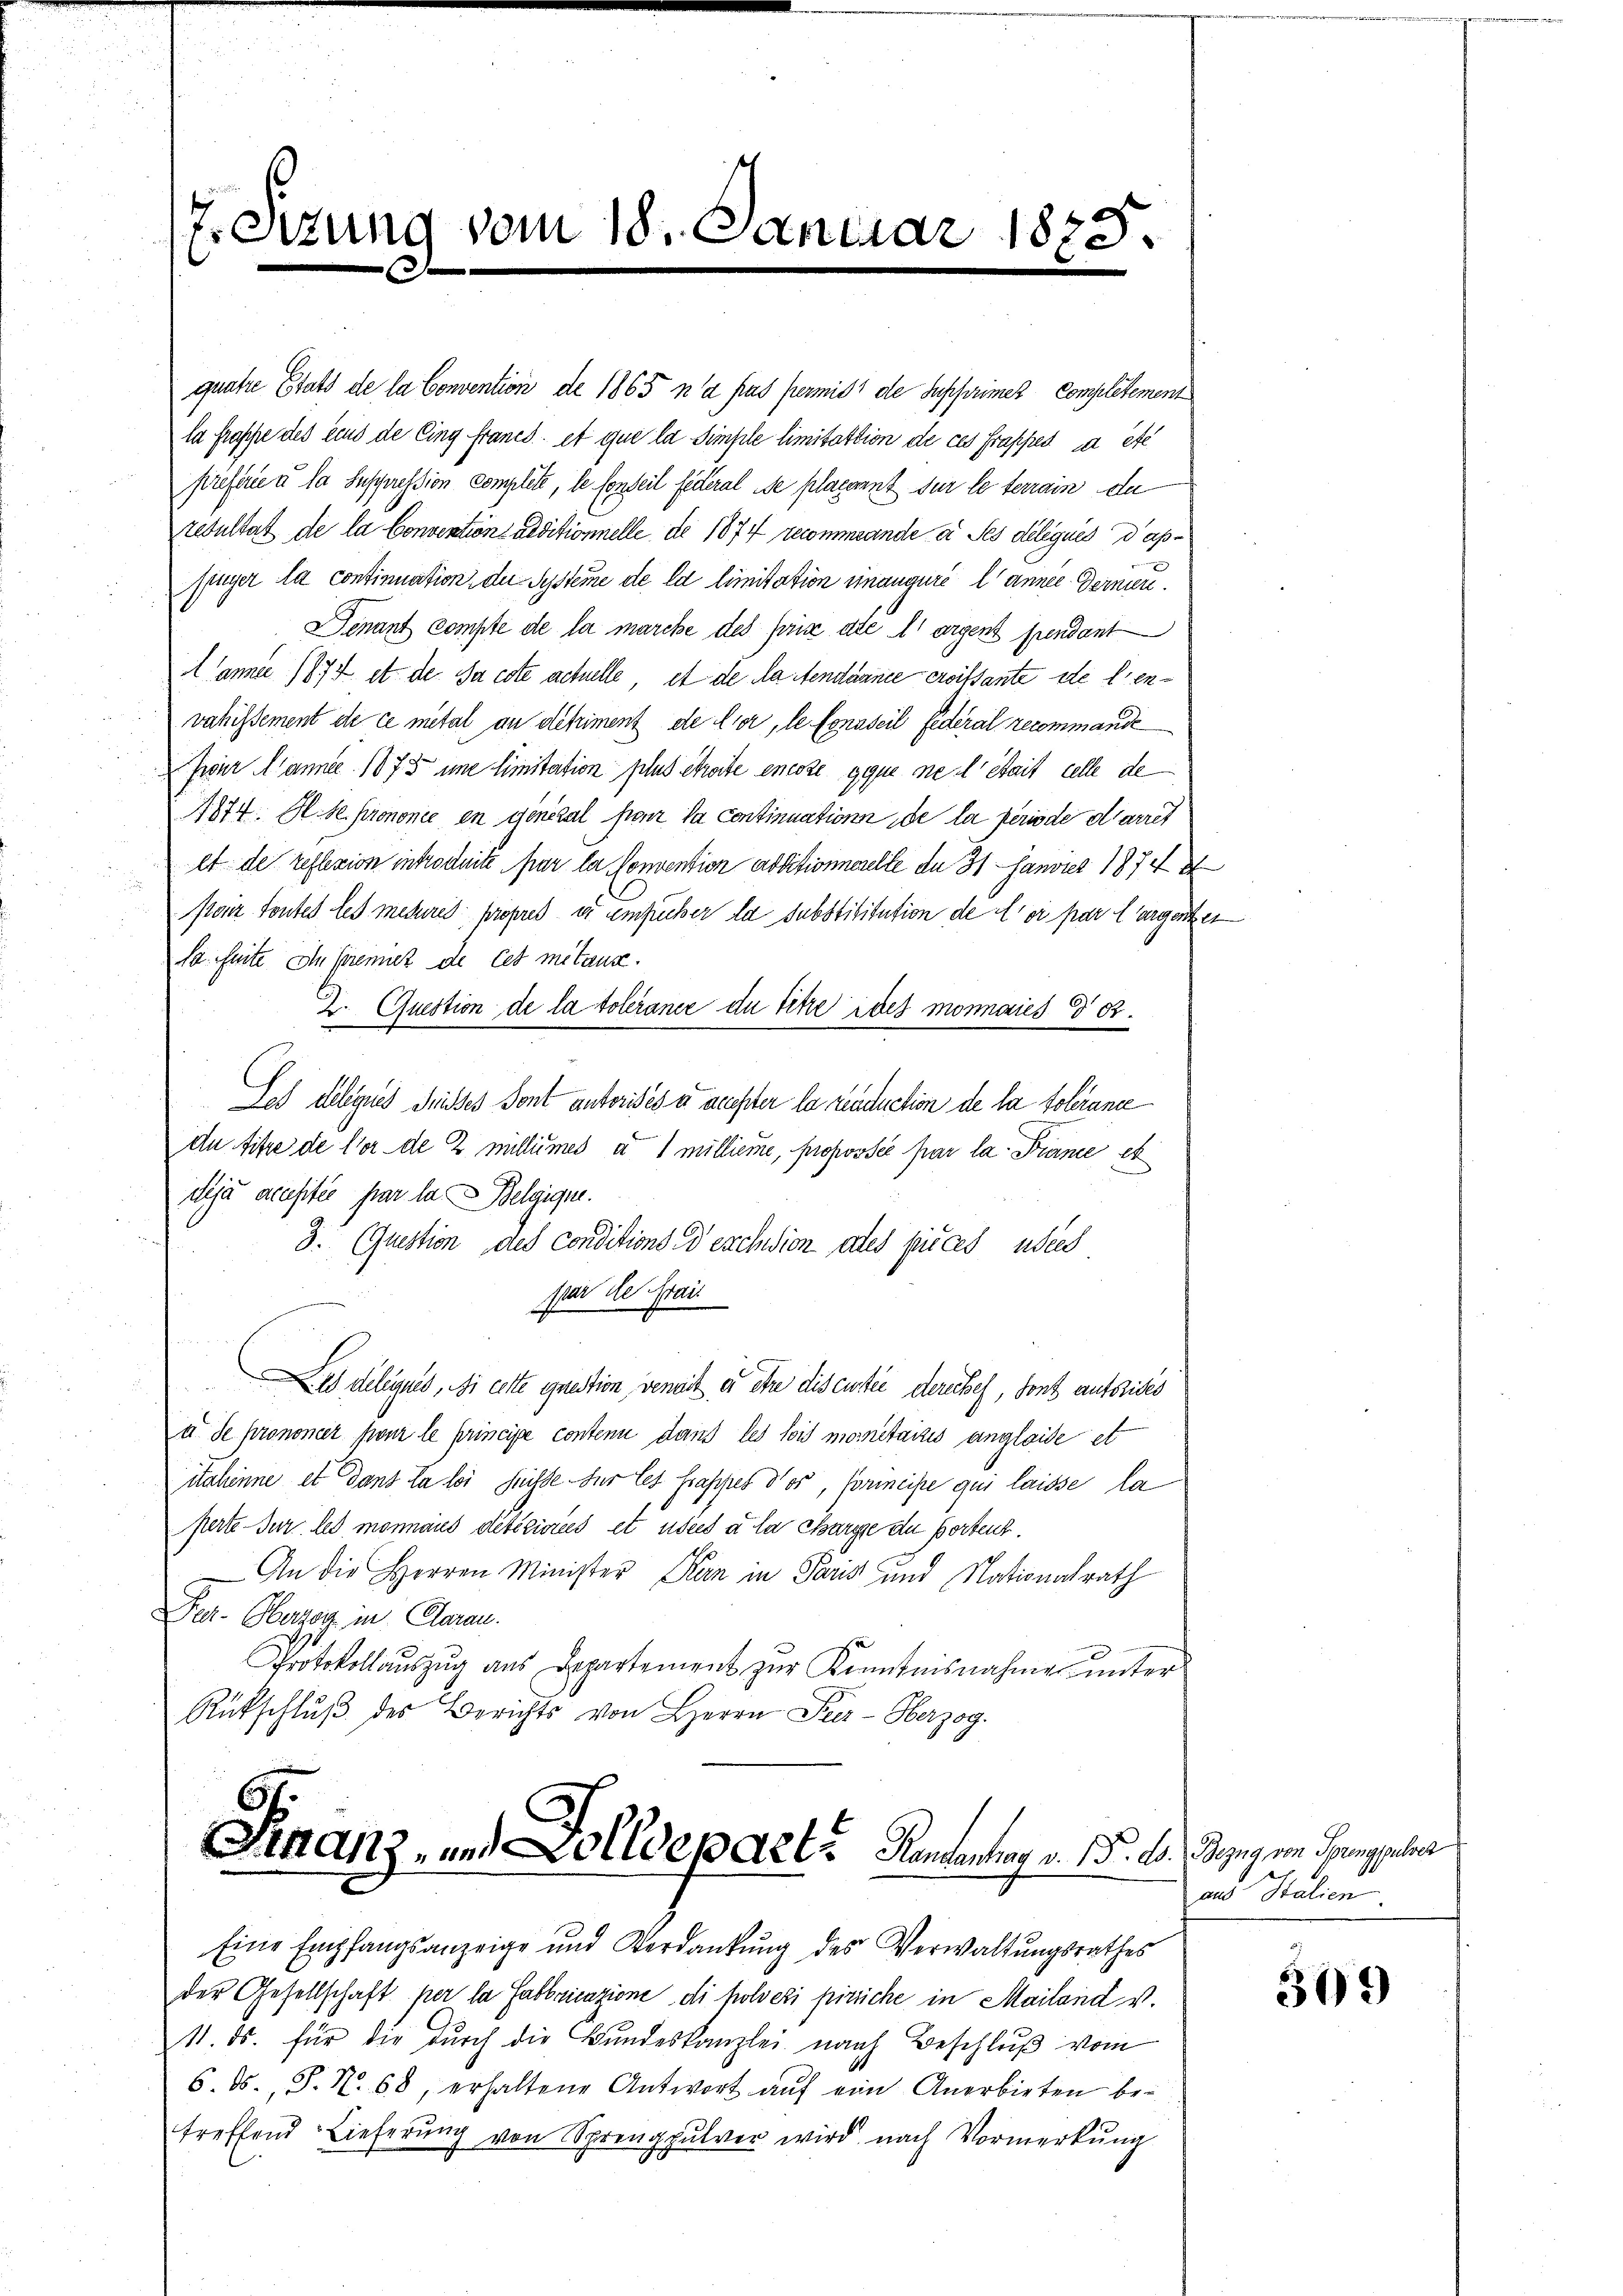
7. Sizung vom 18. Januar

quatre Etats de la Convention de 1865 n’a pas permit de supprimes Complétement
la Graffe des eius de Cing francs et que la Simple limitation de ces frappes, da etc
preferie a la Insperession complété, le fenseil federal de placerent sur le terrain de
resultat de la Convention reditionnelle de 1874 zecommande a Ses délégués d’apfinger la continuation der Systeme de la limitation einauguré l' annee dernier.
Denant compte de la marcke des für die A argent prendant
Canni 1874 et der Jacote actuelle, et de Na Aendamnée croissante stellenvahissement de ce mital an detriment de lier, le Conseil Federal recommande
Zwar Manner 1873 une limitation plus Streite encore gene ne détait celle de
1874. M. de prononce en general four la continuation de la periode d’arret
et de reflexion introduite par la Convention absitionnerelle du 31 Janvier 1874
Paar toutes les mesures propres ist umfrücher la substititution de loi par largenten
da. Seite Ihn premit de cet mitause.
2. Question de la tolérance du titre ides monnaies § 82.
Les deliges denses Sont autorises u. auchter la renduction de la tolerante
du fitze de Vor de 2 millimes a 1 millieme, propossée par la France et
dija acusitée par la Belgigne.
3. (Question des conditions descision des puces, wied
ffar die stai
Les deliques, de cette errection, veneit er ihre discussie derechef, sont aufstices
u de prononcer pour le principe centenu dans les lois moritatis anglaide et
itschinne et dans la loi suchte für les rappet des, formeise qui laisse, la
perte sur les monnaus détériores et usees à la charge de Bortent.
An die Herren Minister Kan in Paris und Nationalrath
Per. Oberzog in Claran.
Protokollauszug aus Departement zur Kenntnisnahme unter
Rükschlŭβ des Berichts von Herrn Prer-Herzog.

1825.
.

Finanz- und Kolldepart. Rentenbar v. 15. d. Begegnen Poppeler
Eine Empfangsanzeige und Verdankŭng des Verwaltungsrathes

der Gesellschaft her la fabbricazione di holveri pirliche in Mailand v.
11. ds. für die dŭrch die Bŭndeskanzlei nach Beschlŭβ vom
6. ds., S. Nr. 68, erhaltene Antwort aŭf ein Anerbieten be-
treffend Lieferung von Sprengpulver wird nach Vormerkung

aus Italien.

309